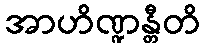
အာဟိဏ္ဍန္တီတိ